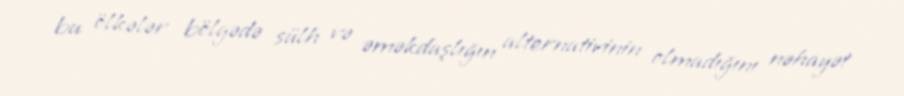
bu ölkələr bölgədə sülh və əməkdaşlığın alternativinin olmadığını nəhayət